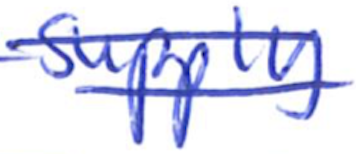
Text: supply
Cross-out: mix
Writing tool: ballpoint